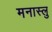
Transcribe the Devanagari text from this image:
मनास्लु